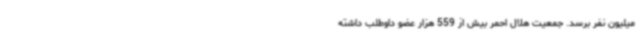
میلیون نفر برسد. جمعیت هلال احمر بیش از 559 هزار عضو داوطلب داشته